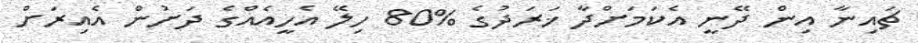
ޗައިނާ އިން ދޭނީ އެކަމަށްދާ ޚަރަދުގެ %80 ހިލޭ އެހީއެއްގެ ދަށުން އެއިރަށް